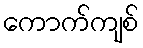
ကောက်ကျစ်